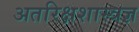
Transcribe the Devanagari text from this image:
अतरिक्षशास्त्रज्ञ